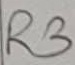
Text: R3